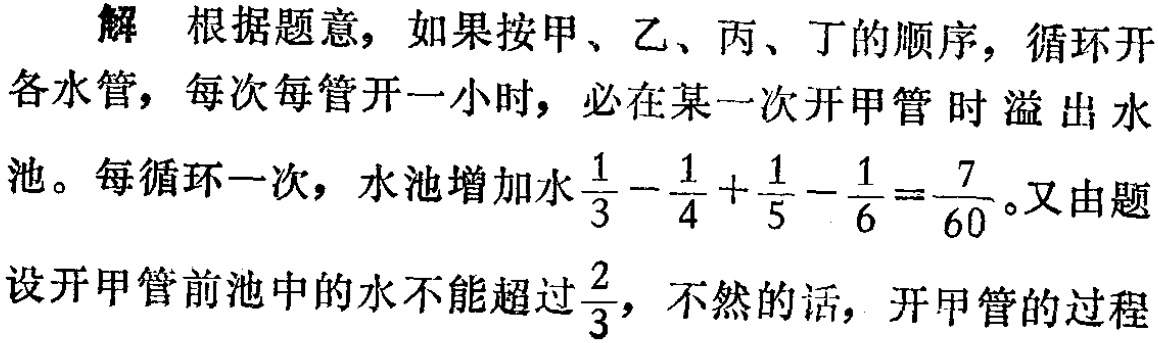
解 根据题意，如果按甲、乙、丙、丁的顺序，循环开
各水管，每次每管开一小时，必在某一次开甲管时溢出水
池。每循环一次，水池增加水$\frac{1}{3}-\frac{1}{4}+\frac{1}{5}-\frac{1}{6}=\frac{7}{60}$。又由题
设开甲管前池中的水不能超过$\frac{2}{3}$，不然的话，开甲管的过程